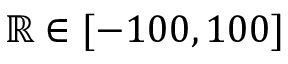
\mathbb { R } \in [ - 1 0 0 , 1 0 0 ]